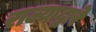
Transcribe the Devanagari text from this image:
राज्याद्वारे